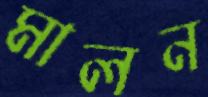
মালন